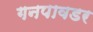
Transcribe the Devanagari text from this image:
गनपावडर